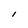
Character: l